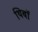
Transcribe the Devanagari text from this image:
थिबॉ